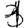
Digit: 3